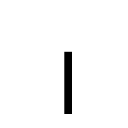
OCR:
।